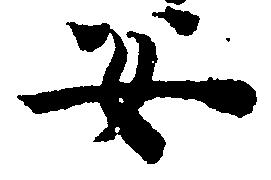
安